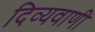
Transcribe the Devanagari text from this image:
दिव्यवाणी